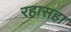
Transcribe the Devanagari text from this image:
रहासहा